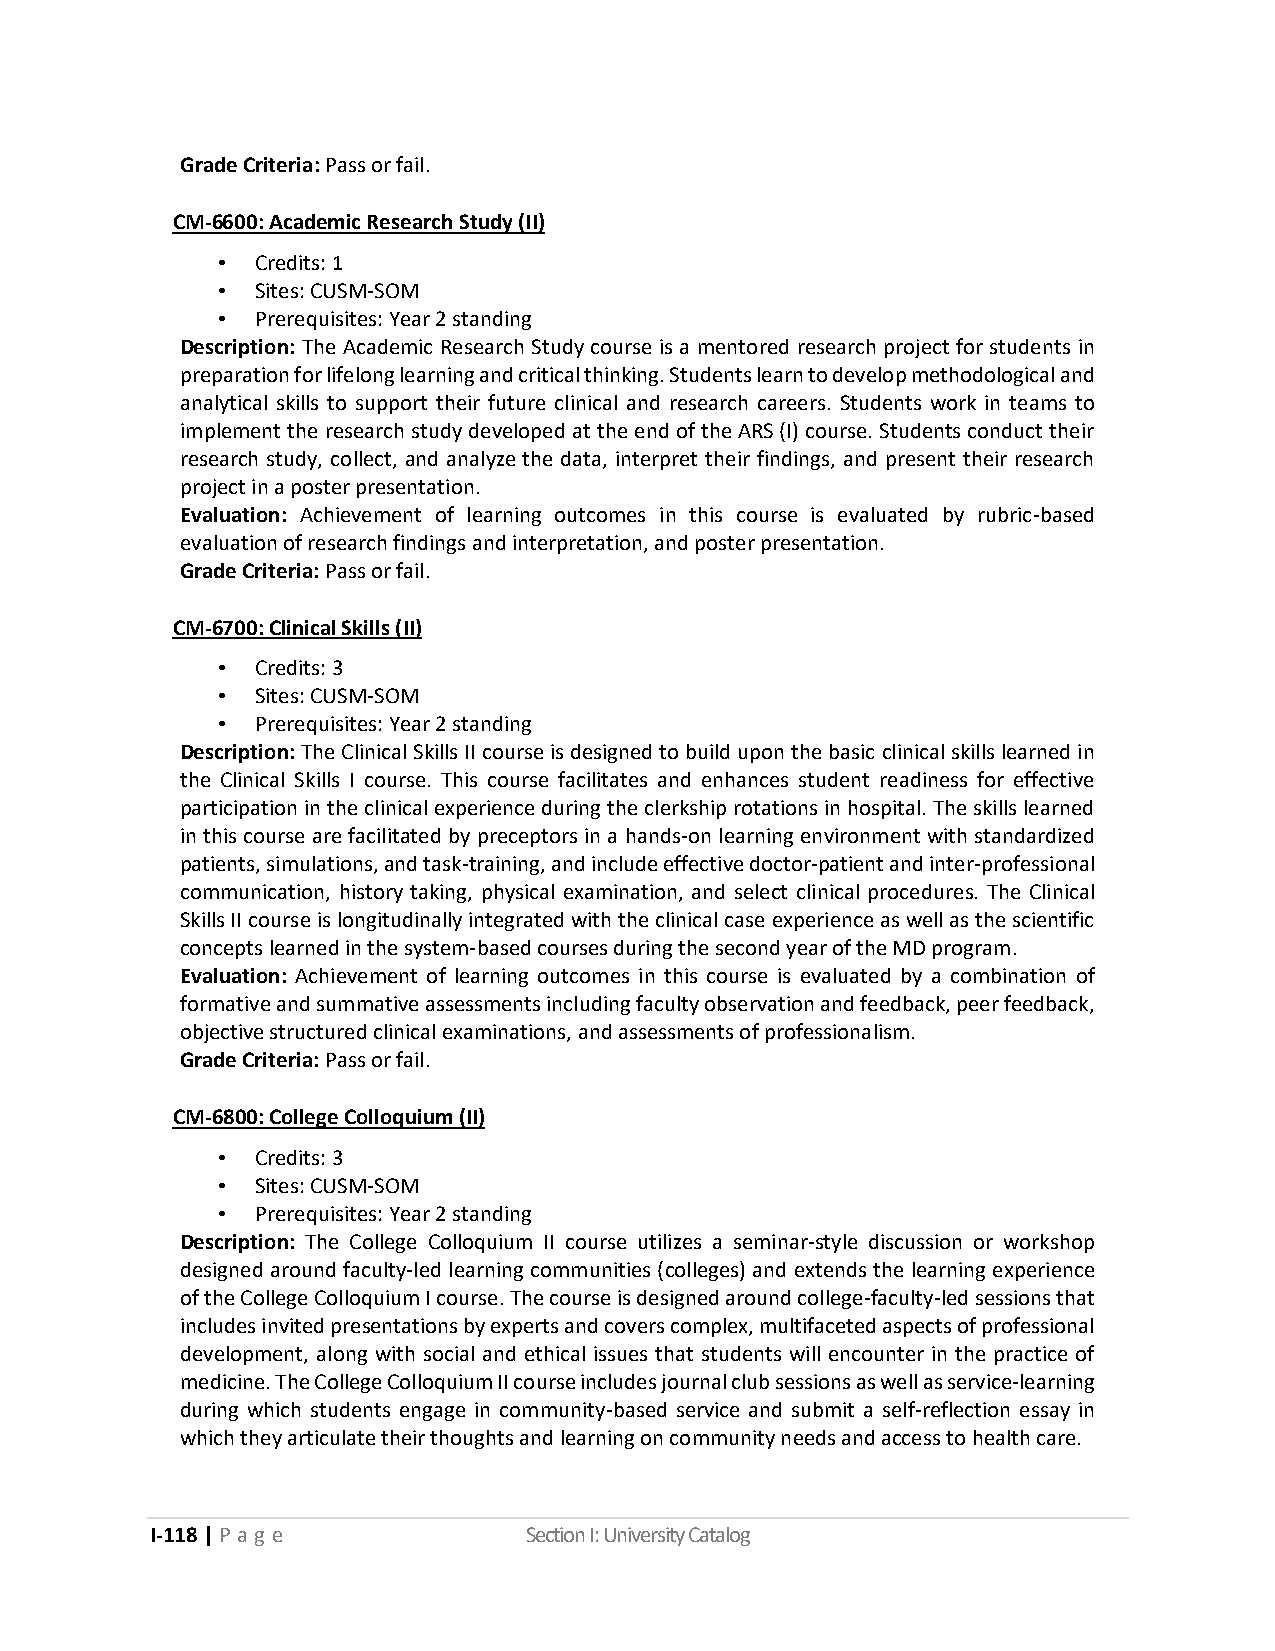
Grade Criteria: Pass or fail.
 CM-6600: Academic Research Study (II)
 •  Credits: 1
 •  Sites: CUSM-SOM
 •  Prerequisites: Year 2 standing
 Description: The Academic Research Study course is a mentored research project for students in
 preparation for lifelong learning and critical thinking. Students learn to develop methodological and
 analytical skills to support their future clinical and research careers. Students work in teams to
 implement the research study developed at the end of the ARS (I) course. Students conduct their
 research study, collect, and analyze the data, interpret their findings, and present their research
 project in a poster presentation.
 Evaluation: Achievement of learning outcomes in this course is evaluated by rubric-based
 evaluation of research findings and interpretation, and poster presentation.
 Grade Criteria: Pass or fail.
 CM-6700: Clinical Skills (II)
 •  Credits: 3
 •  Sites: CUSM-SOM
 •  Prerequisites: Year 2 standing
 Description: The Clinical Skills II course is designed to build upon the basic clinical skills learned in
 the Clinical Skills I course. This course facilitates and enhances student readiness for effective
 participation in the clinical experience during the clerkship rotations in hospital. The skills learned
 in this course are facilitated by preceptors in a hands-on learning environment with standardized
 patients, simulations, and task-training, and include effective doctor-patient and inter-professional
 communication, history taking, physical examination, and select clinical procedures. The Clinical
 Skills II course is longitudinally integrated with the clinical case experience as well as the scientific
 concepts learned in the system-based courses during the second year of the MD program.
 Evaluation: Achievement of learning outcomes in this course is evaluated by a combination of
 formative and summative assessments including faculty observation and feedback, peer feedback,
 objective structured clinical examinations, and assessments of professionalism.
 Grade Criteria: Pass or fail.
 CM-6800: College Colloquium (II)
 •  Credits: 3
 •  Sites: CUSM-SOM
 •  Prerequisites: Year 2 standing
 Description: The College Colloquium II course utilizes a seminar-style discussion or workshop
 designed around faculty-led learning communities (colleges) and extends the learning experience
 of the College Colloquium I course. The course is designed around college-faculty-led sessions that
 includes invited presentations by experts and covers complex, multifaceted aspects of professional
 development, along with social and ethical issues that students will encounter in the practice of
 medicine. The College Colloquium II course includes journal club sessions as well as service-learning
 during which students engage in community-based service and submit a self-reflection essay in
 which they articulate their thoughts and learning on community needs and access to health care.
 I-118 | P a g e          Section I: University Catalog